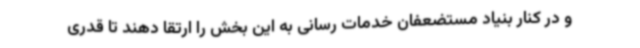
و در کنار بنیاد مستضعفان خدمات رسانی به این بخش را ارتقا دهند تا قدری